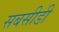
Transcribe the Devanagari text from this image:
सबसीडी